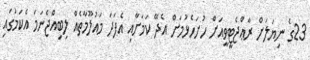
23ގެ ނިޔަލަށް ރާޢްޖެޓީވީއަށް ހުށަހެޅުމަށް އެދޭ ކަމަށާއި އެފަދަ މައުލޫމާތެއް ލިބިއްޖެނަމަ އެކަމުގައި